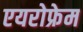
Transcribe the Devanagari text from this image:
एयरोफ्रेम